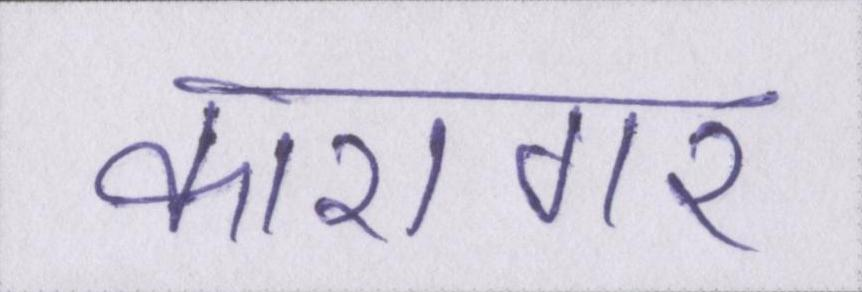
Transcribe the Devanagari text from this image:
कारागर